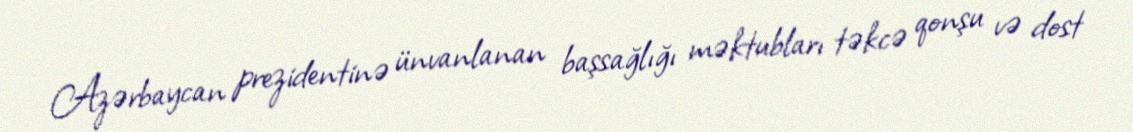
Azərbaycan prezidentinə ünvanlanan başsağlığı məktubları təkcə qonşu və dost